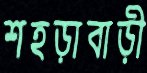
শহড়াবাড়ী